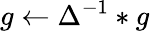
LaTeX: g\gets\Delta^{-1}*g